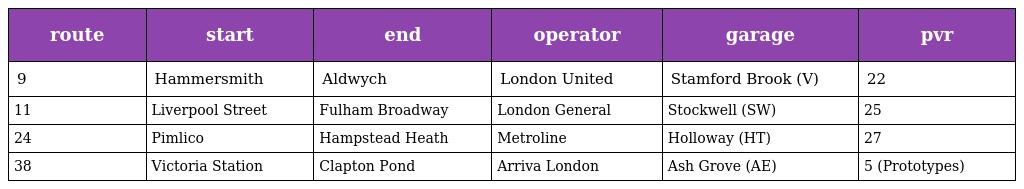
| route | start | end | operator | garage | pvr |
 | --- | --- | --- | --- | --- | --- |
 | 9 | Hammersmith | Aldwych | London United | Stamford Brook (V) | 22 |
 | 11 | Liverpool Street | Fulham Broadway | London General | Stockwell (SW) | 25 |
 | 24 | Pimlico | Hampstead Heath | Metroline | Holloway (HT) | 27 |
 | 38 | Victoria Station | Clapton Pond | Arriva London | Ash Grove (AE) | 5 (Prototypes) |